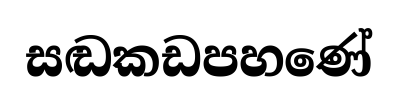
සඬකඩපහණේ